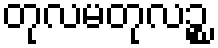
တုလမတုလဉ္စ